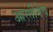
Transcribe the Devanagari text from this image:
आरतीनेच